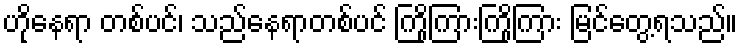
ဟိုနေရာ တစ်ပင်၊ သည်နေရာတစ်ပင် ကြိုကြားကြိုကြား မြင်တွေ့ရသည်။